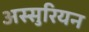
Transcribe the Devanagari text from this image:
अस्सुरियन